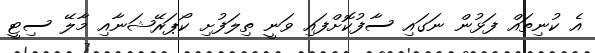
އެ ކުނިތައް ފަޅުން ނަގައި ސާފުކޮށްފައި ވަނީ ތިލަފުށި ކޯޕަރޭޝަނާއި މާލޭ ސިޓީ